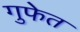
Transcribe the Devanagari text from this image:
गुफेत